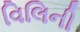
વિલિની